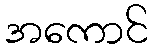
အကောင်